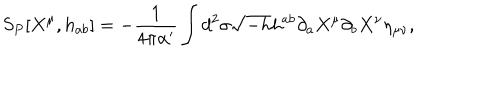
S _ { P } [ X ^ { \mu } , h _ { a b } ] = - { \frac { 1 } { 4 \pi { \alpha } ^ { \prime } } } \int d ^ { 2 } \sigma \sqrt { - h } h ^ { a b } \partial _ { a } X ^ { \mu } \partial _ { b } X ^ { \nu } \eta _ { \mu \nu } ,